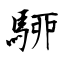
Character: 駵